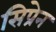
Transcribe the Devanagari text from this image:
सिप्रेन